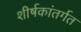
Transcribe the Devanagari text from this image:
शीर्षकांतर्गत